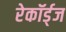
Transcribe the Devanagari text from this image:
रेकॉर्ड्‌ज